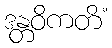
ဒန္တဝိကတိံ